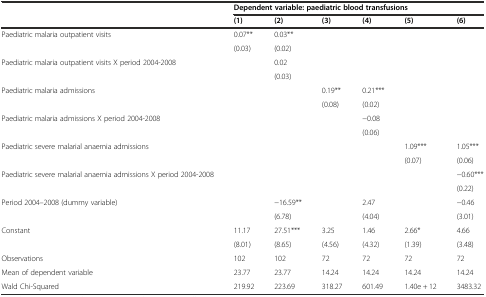
<table><thead><tr><td></td><td colspan="6"><b>Dependent variable: paediatric blood transfusions</b></td></tr><tr><td></td><td><b>(1)</b></td><td><b>(2)</b></td><td><b>(3)</b></td><td><b>(4)</b></td><td><b>(5)</b></td><td><b>(6)</b></td></tr></thead><tbody><tr><td>Paediatric malaria outpatient visits</td><td>0.07**</td><td>0.03**</td><td></td><td></td><td></td><td></td></tr><tr><td></td><td>(0.03)</td><td>(0.02)</td><td></td><td></td><td></td><td></td></tr><tr><td>Paediatric malaria outpatient visits X period 2004-2008</td><td></td><td>0.02</td><td></td><td></td><td></td><td></td></tr><tr><td></td><td></td><td>(0.03)</td><td></td><td></td><td></td><td></td></tr><tr><td>Paediatric malaria admissions</td><td></td><td></td><td>0.19**</td><td>0.21***</td><td></td><td></td></tr><tr><td></td><td></td><td></td><td>(0.08)</td><td>(0.02)</td><td></td><td></td></tr><tr><td>Paediatric malaria admissions X period 2004-2008</td><td></td><td></td><td></td><td>−0.08</td><td></td><td></td></tr><tr><td></td><td></td><td></td><td></td><td>(0.06)</td><td></td><td></td></tr><tr><td>Paediatric severe malarial anaemia admissions</td><td></td><td></td><td></td><td></td><td>1.09***</td><td>1.05***</td></tr><tr><td></td><td></td><td></td><td></td><td></td><td>(0.07)</td><td>(0.06)</td></tr><tr><td>Paediatric severe malarial anaemia admissions X period 2004-2008</td><td></td><td></td><td></td><td></td><td></td><td>−0.60***</td></tr><tr><td></td><td></td><td></td><td></td><td></td><td></td><td>(0.22)</td></tr><tr><td>Period 2004–2008 (dummy variable)</td><td></td><td>−16.59**</td><td></td><td>2.47</td><td></td><td>−0.46</td></tr><tr><td></td><td></td><td>(6.78)</td><td></td><td>(4.04)</td><td></td><td>(3.01)</td></tr><tr><td>Constant</td><td>11.17</td><td>27.51***</td><td>3.25</td><td>1.46</td><td>2.66*</td><td>4.66</td></tr><tr><td></td><td>(8.01)</td><td>(8.65)</td><td>(4.56)</td><td>(4.32)</td><td>(1.39)</td><td>(3.48)</td></tr><tr><td>Observations</td><td>102</td><td>102</td><td>72</td><td>72</td><td>72</td><td>72</td></tr><tr><td>Mean of dependent variable</td><td>23.77</td><td>23.77</td><td>14.24</td><td>14.24</td><td>14.24</td><td>14.24</td></tr><tr><td>Wald Chi-Squared</td><td>219.92</td><td>223.69</td><td>318.27</td><td>601.49</td><td>1.40e + 12</td><td>3483.32</td></tr></tbody></table>